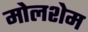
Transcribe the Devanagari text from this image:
मोलशेम